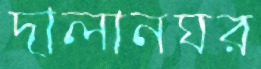
দালানঘর